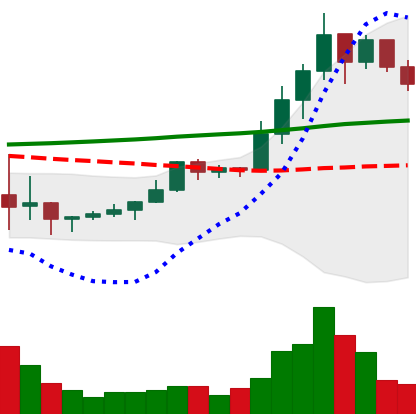
Ticker: LINK-USD
Chart end date: 2019-10-13
Forward return: -5.561%
Label: down_5_7